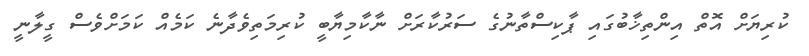
ކުރިޔަށް އޮތް އިިންތިޚާބުގައި ޕާކިސްތާނުގެ ސަރުކާރަށް ނާކާމިޔާބީ ކުރިމަތިވެދާނެ ކަމެއް ކަމަށްވެސް ގީލާނީ